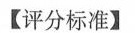
【评分标准】